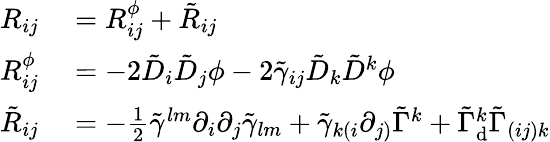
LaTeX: \begin{array}{rl}{R_{ij}}&{{}=R_{ij}^{\phi}+\tilde{R}_{ij}}\\ {R_{ij}^{\phi}}&{{}=-2\tilde{D}_{i}\tilde{D}_{j}\phi-2\tilde{\gamma}_{ij}\tilde{D}_{k}\tilde{D}^{k}\phi}\\ {\tilde{R}_{ij}}&{{}=-\frac{1}{2}\tilde{\gamma}^{lm}\partial_{i}\partial_{j}\tilde{\gamma}_{lm}+\tilde{\gamma}_{k(i}\partial_{j)}\tilde{\Gamma}^{k}+\tilde{\Gamma}_{\mathrm{d}}^{k}\tilde{\Gamma}_{(ij)k}}\end{array}